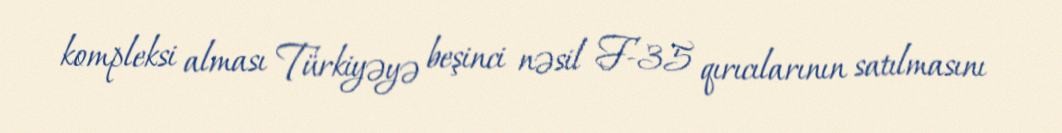
kompleksi alması Türkiyəyə beşinci nəsil F-35 qırıcılarının satılmasını